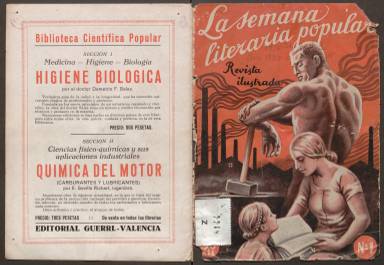
Título: La Semana literaria popular
Colección: Literatura || Guerra civil
Ámbito geográfico: Valencia
Lugar de publicación: Valencia
Fechas: 01/03/1936-17/12/1938